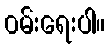
၀မ်းရေးပါ။